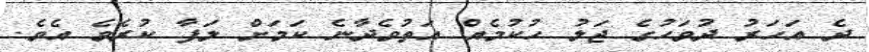
ދެ އަހަރު ދުވަހުގެ ޖަލު ހުކުމެއް އަތުވެދާނެ ކަމަށް ލަފާ ކުރެވެ އެވެ.